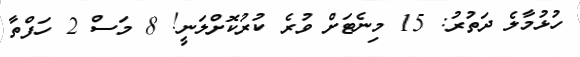
ހުޅުމާލެ ދަތުރު: 15 މިނެޓަށް ވުރެ ކުރުކޮށްލަނީ! 8 މަސް 2 ހަފްތާ